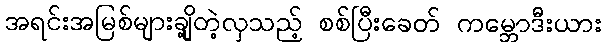
အရင်းအမြစ်များချို့တဲ့လှသည့် စစ်ပြီးခေတ် ကမ္ဘောဒီးယား